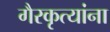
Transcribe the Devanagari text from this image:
गैरकृत्यांना